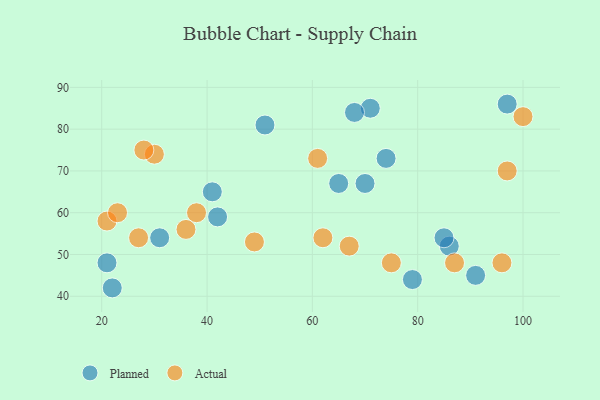
{"axis": {"x": "GDP", "y": "Life Expectancy"}, "legend": ["Actual", "Planned"], "data": [{"x": "86", "y": 52, "type": "Planned"}, {"x": "51", "y": 81, "type": "Planned"}, {"x": "42", "y": 59, "type": "Planned"}, {"x": "97", "y": 86, "type": "Planned"}, {"x": "71", "y": 85, "type": "Planned"}, {"x": "70", "y": 67, "type": "Planned"}, {"x": "74", "y": 73, "type": "Planned"}, {"x": "21", "y": 48, "type": "Planned"}, {"x": "41", "y": 65, "type": "Planned"}, {"x": "68", "y": 84, "type": "Planned"}, {"x": "22", "y": 42, "type": "Planned"}, {"x": "65", "y": 67, "type": "Planned"}, {"x": "31", "y": 54, "type": "Planned"}, {"x": "85", "y": 54, "type": "Planned"}, {"x": "79", "y": 44, "type": "Planned"}, {"x": "91", "y": 45, "type": "Planned"}, {"x": "61", "y": 73, "type": "Actual"}, {"x": "21", "y": 58, "type": "Actual"}, {"x": "36", "y": 56, "type": "Actual"}, {"x": "100", "y": 83, "type": "Actual"}, {"x": "27", "y": 54, "type": "Actual"}, {"x": "49", "y": 53, "type": "Actual"}, {"x": "96", "y": 48, "type": "Actual"}, {"x": "38", "y": 60, "type": "Actual"}, {"x": "23", "y": 60, "type": "Actual"}, {"x": "30", "y": 74, "type": "Actual"}, {"x": "87", "y": 48, "type": "Actual"}, {"x": "75", "y": 48, "type": "Actual"}, {"x": "28", "y": 75, "type": "Actual"}, {"x": "97", "y": 70, "type": "Actual"}, {"x": "62", "y": 54, "type": "Actual"}, {"x": "67", "y": 52, "type": "Actual"}]}